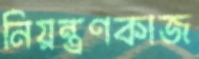
নিয়ন্ত্রণকাজ